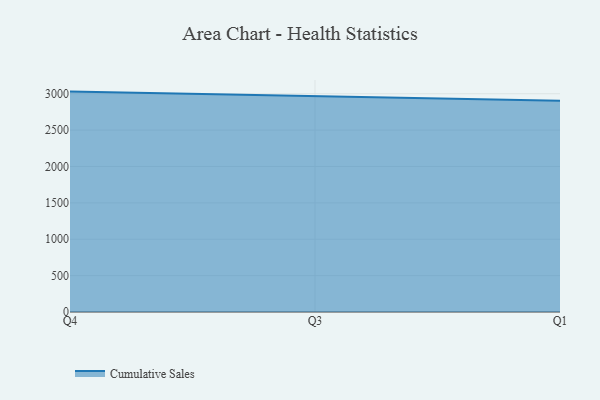
{"axis": {"x": "Quarter", "y": "Revenue (USD Million)"}, "legend": ["Cumulative Sales"], "data": [{"x": "Q4", "y": 3029.1, "type": "Cumulative Sales"}, {"x": "Q3", "y": 2962.1, "type": "Cumulative Sales"}, {"x": "Q1", "y": 2902.2, "type": "Cumulative Sales"}]}